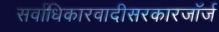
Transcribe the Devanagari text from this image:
सर्वाधिकारवादीसरकारजॉर्ज